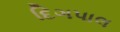
દિગપાલ